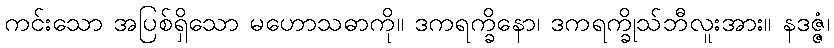
ကင်းသော အပြစ်ရှိသော မဟောသဓာကို။ ဒကရက္ခိနော၊ ဒကရက္ခိုသ်ဘီလူးအား။ နဒဇ္ဇံ၊